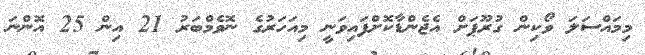
މިމައްސަލަ ވޯކިން ގުރޫޕަށް އެޖެންޑާކޮށްފައިވަނީ މިއަހަރުގެ ނޮވެމްބަރު 21 އިން 25 އޮންނަ